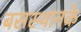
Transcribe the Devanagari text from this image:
बसस्थानके